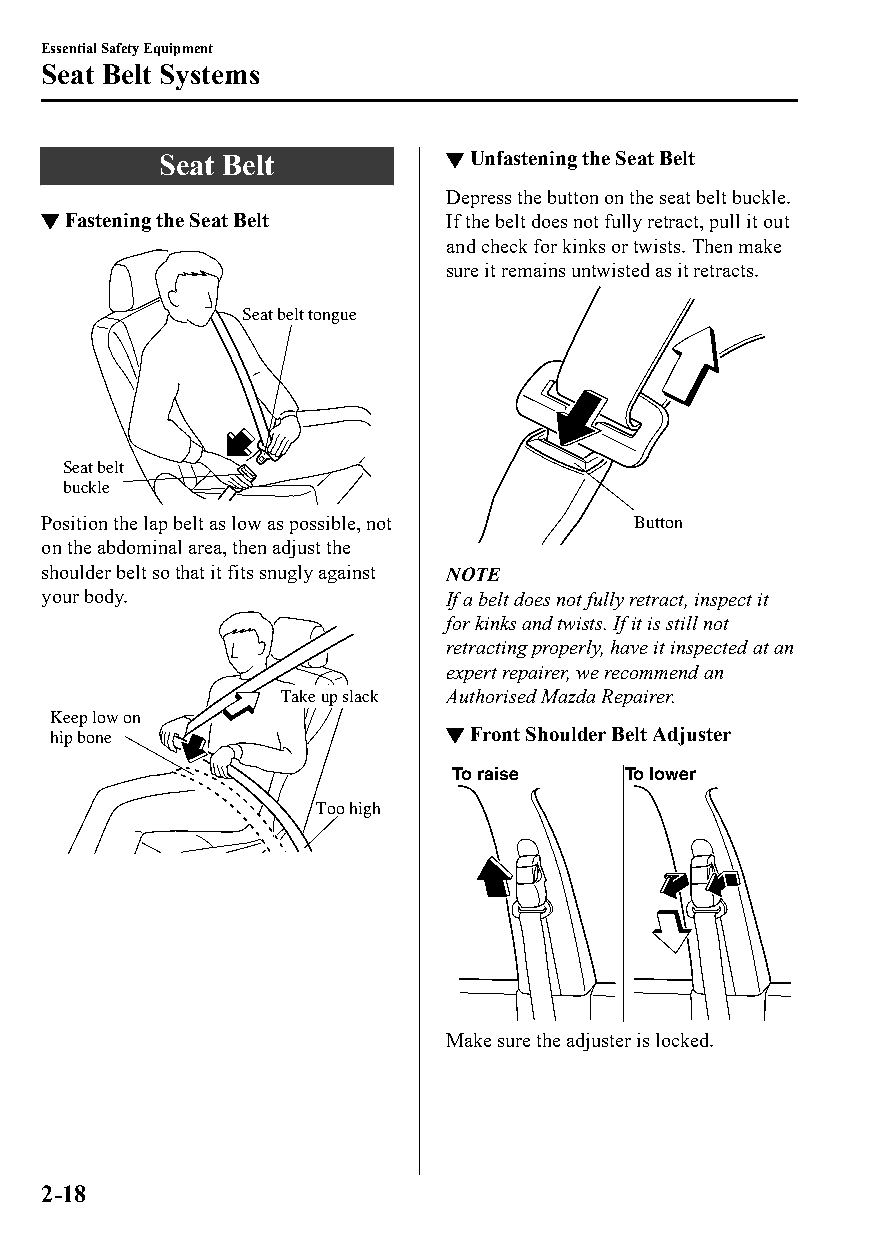
Essential Safety Equipment
 Seat Belt Systems
 Seat Belt          ▼Unfastening the Seat Belt
 Depress the button on the seat belt buckle.
 ▼Fastening the Seat Belt   If the belt does not fully retract, pull it out
 and check for kinks or twists. Then make
 sure it remains untwisted as it retracts.
 Seat belt tongue
 Seat belt
 buckle
 Position the lap belt as low as possible, not Button
 on the abdominal area, then adjust the
 shoulder belt so that it fits snugly against NOTE
 your body.                 If a belt does not fully retract, inspect it
 for kinks and twists. If it is still not
 retracting properly, have it inspected at an
 expert repairer, we recommend an
 Take up slack Authorised Mazda Repairer.
 Keep low on
 hip bone                  ▼Front Shoulder Belt Adjuster
 To raise   To lower
 Too high
 Make sure the adjuster is locked.
 2-18
 CX-3_8GT4-EE-18D_Edition4                  2018-9-6 18:32:19